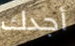
أجدك